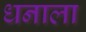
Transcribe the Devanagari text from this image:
धनाला